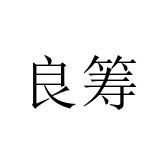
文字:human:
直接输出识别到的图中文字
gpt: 良筹